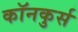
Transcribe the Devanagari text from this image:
कॉनकुर्स